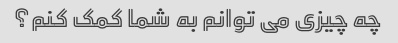
چه چیزی می توانم به شما کمک کنم؟